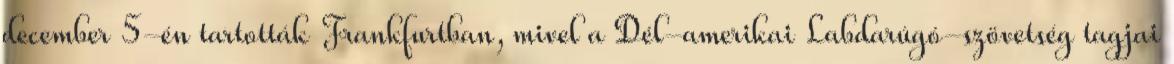
december 5-én tartották Frankfurtban, mivel a Dél-amerikai Labdarúgó-szövetség tagjai